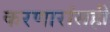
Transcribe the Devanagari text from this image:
करणारांसही